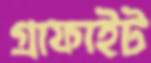
গ্রাফাইট